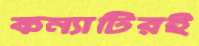
কন্যাটিরই